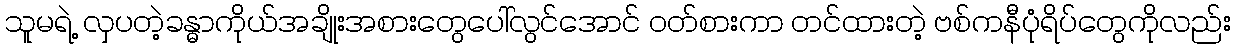
သူမရဲ့ လှပတဲ့ခန္ဓာကိုယ်အချိုးအစားတွေပေါ်လွင်အောင် ဝတ်စားကာ တင်ထားတဲ့ ဗစ်ကနီပုံရိပ်တွေကိုလည်း